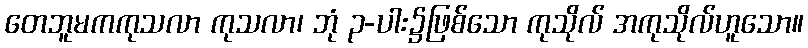
တေဘူမကကုသလာ ကုသလာ၊ ဘုံ ၃-ပါး၌ဖြစ်သော ကုသိုလ် အကုသိုလ်ဟူသော။